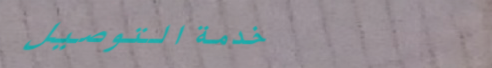
خدمة التوصيل